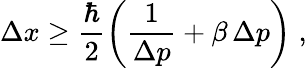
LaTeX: \Delta x\ge\frac{\hbar}{2}\left(\frac{1}{\Delta p}+\beta\, \Delta p\right)\; ,